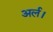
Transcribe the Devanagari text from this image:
अर्ल।